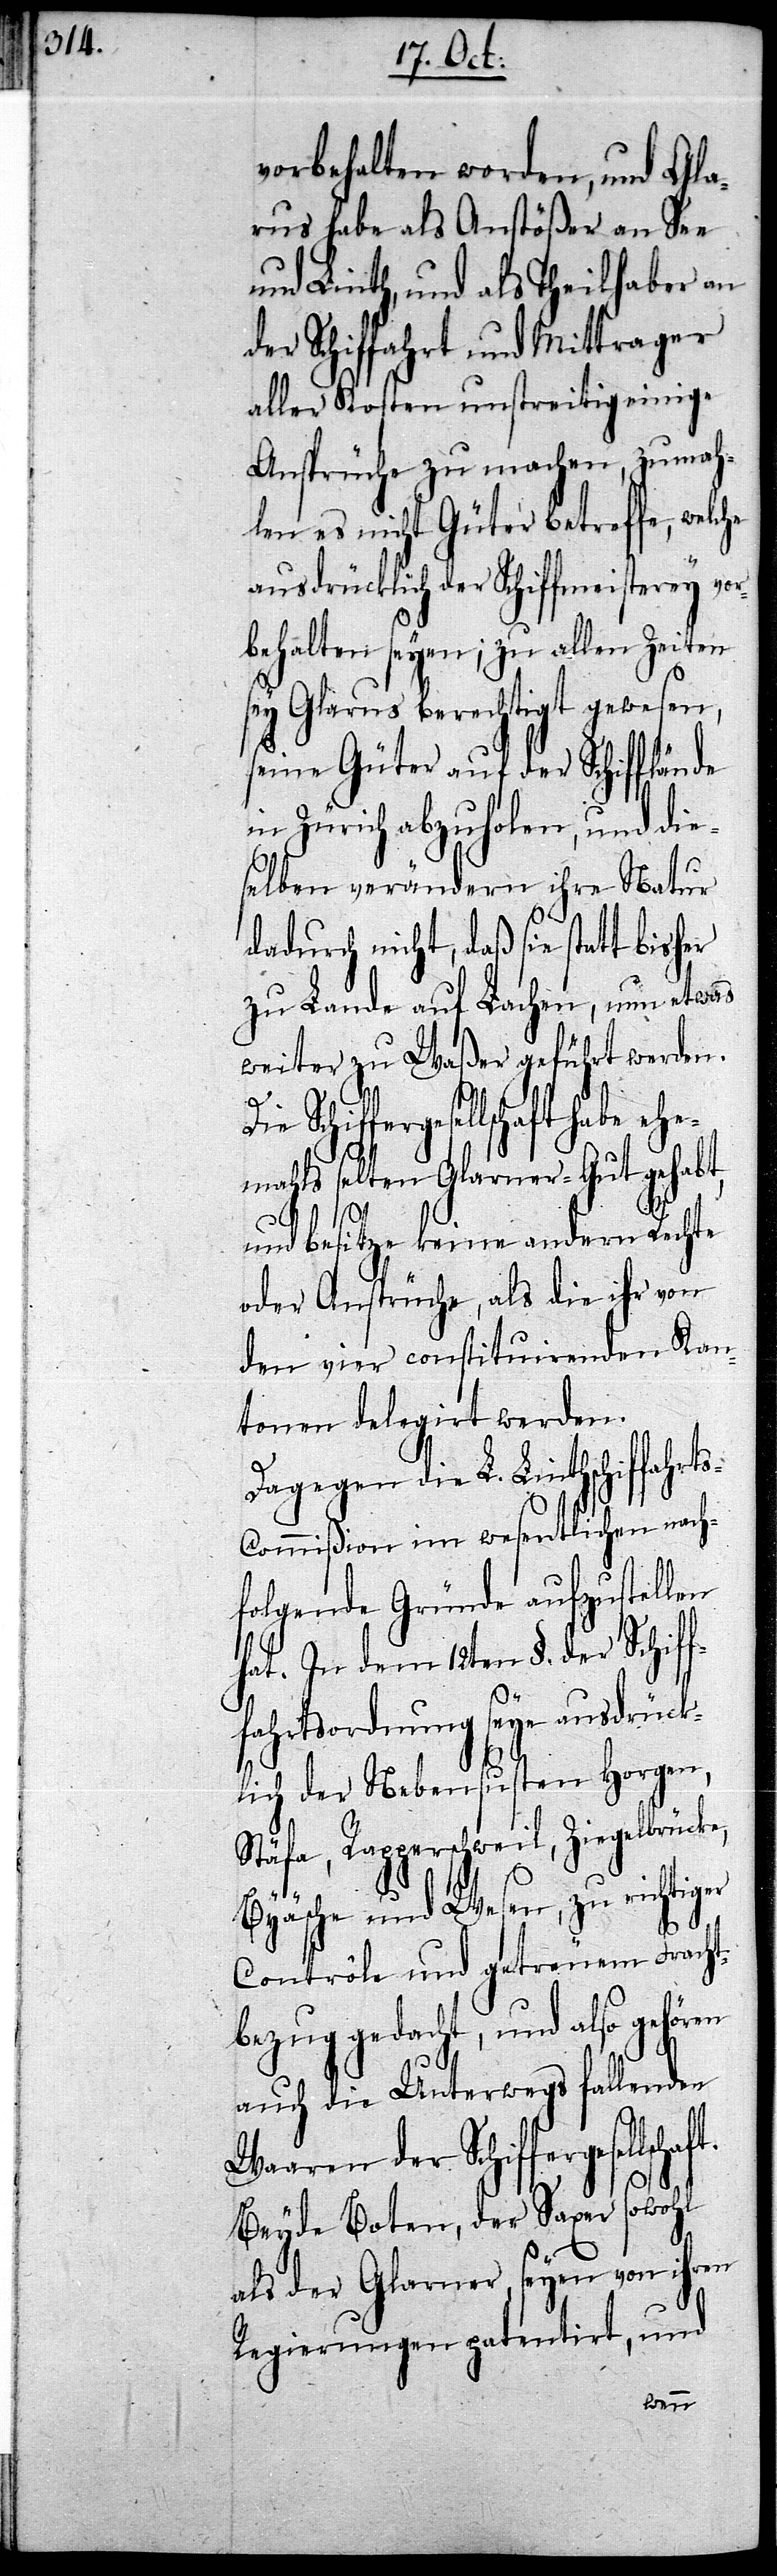
vorbehalten worden, und Gla¬
rus habe als Anstößer an See
und Linth, und als Theilhaber an
der Schiffahrt und Mittrager
aller Kosten unstreitig einige
Ansprüche zu machen, zumah¬
len es nicht Güter betreffe, wel¬
ausdrücklich der Schiffmeisterey vor¬
behalten seyen; zu allen Zeiten
sey Glarus berechtigt gewesen,
seine Güter auf der Schifflände
in Zürich abzuholen, und die¬
selben verändern ihre Natur
dadurch nicht, daß sie statt bisher
zu Lande auf Lachen, nun etwas
weiter zu Waßer geführt werden.
Schiffergesellschaft habe ehe¬
mahls selten Glarner-Gut gehabt,
und besitze keine andern Rechte
oder Ansprüche, als die ihr von
den vier constituirenden Kan¬
tonen delegirt werden.
Dagegen die L. Linthschiffahrt¬
ommißion im wesentlichen nach¬
folgende Gründe aufzustellen
hat. in dem 12ten §. der Schif¬
fahrtsordnung seye ausdrück¬
lich der Nebensusten Horgen,
Stäfa, Rapperschweil, Ziegelbrücke,
Byäsche und Wesen, zu richtig¬
Contrôle und getreuem Fracht¬
bezug gedacht, und also gehören
ft.
auch die Unterwegs fallenden
Waaren der Schiffergesells¬
Beyde Boten, der Saxer sowohl
als der Glarner, seyen von ihren
Regierungen patentirt, und